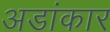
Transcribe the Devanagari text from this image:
अडांकार